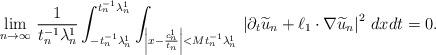
LaTeX: \begin{align*}\lim_{n\to\infty}\,\frac{1}{t_n^{-1}\lambda^1_n}\int_{-t_n^{-1}\lambda^1_n}^{t_n^{-1}\lambda^1_n}\int_{\left|x-\frac{c^1_n}{t_n}\right|<Mt_n^{-1}\lambda^1_n}\,\left|\partial_t\widetilde{u}_n+\ell_1\cdot\nabla \widetilde{u}_n\right|^2\,dxdt=0.\end{align*}